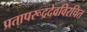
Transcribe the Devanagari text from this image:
प्रतापरूद्रदेवविरचित